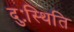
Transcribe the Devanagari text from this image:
दुःस्थिति